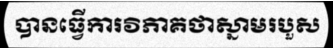
បានធ្វើការវិភាគថាស្នាមរបួស